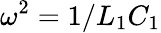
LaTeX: \omega^{2}=1/L_{1}C_{1}